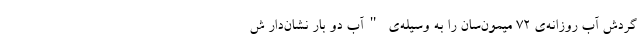
گردش آب روزانه‌ی ۷۲ میمون‌سان را به وسیله‌ی "آب دو بار نشان‌دار ش